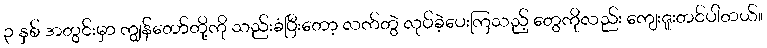
၃ နှစ် အတွင်းမှာ ကျွန်တော်တို့ကို သည်းခံပြီးတော့ လက်တွဲ လုပ်ခဲ့ပေးကြသည့် တွေကိုလည်း ကျေးဇူးတင်ပါတယ်။